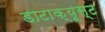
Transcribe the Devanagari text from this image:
डाटाक्यूस्ट